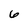
Character: 6